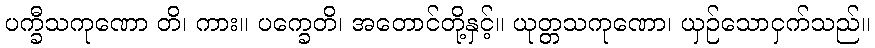
ပက္ခီသကုဏော တိ၊ ကား။ ပက္ခေတိ၊ အတောင်တို့နှင့်။ ယုတ္တသကုဏော၊ ယှဉ်သောငှက်သည်။